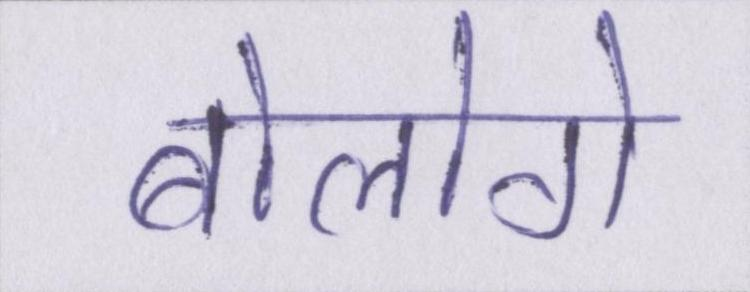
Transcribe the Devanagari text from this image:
बोलोगे